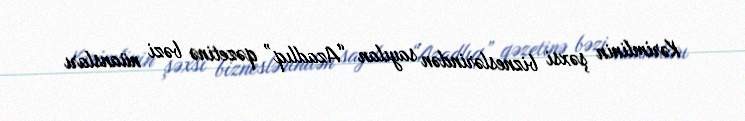
Kərimlinin şəxsi bizneslərindən sayılan “Azadlıq” qəzetinə bəzi nüansları